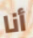
أنا